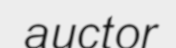
auctor